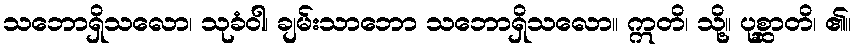
သဘောရှိသလော၊ သုခံဝါ၊ ချမ်းသာဘော သဘောရှိသလော။ ဣတိ၊ သို့။ ပုစ္ဆာတိ၊ ၏။